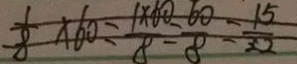
\frac { 1 } { 8 } \times 6 0 = \frac { 1 \times 6 0 } { 8 } = \frac { 6 0 } { 8 } = \frac { 1 5 } { 2 2 }